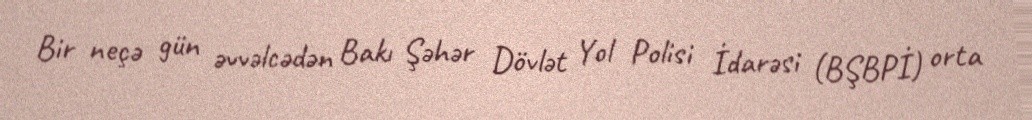
Bir neçə gün əvvəlcədən Bakı Şəhər Dövlət Yol Polisi İdarəsi (BŞBPİ) orta